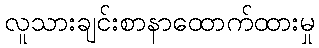
လူသားချင်းစာနာထောက်ထားမှု